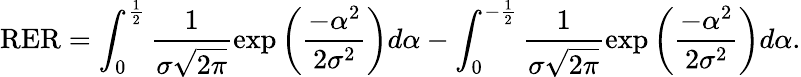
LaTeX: \textup{RER}=\int_{0}^{\frac{1}{2}}\frac{1}{\sigma\sqrt{2\pi}}\exp\left(\frac{-\alpha^{2}}{2\sigma^{2}}\right)d\alpha-\int_{0}^{-\frac{1}{2}}\frac{1}{\sigma\sqrt{2\pi}}\exp\left(\frac{-\alpha^{2}}{2\sigma^{2}}\right)d\alpha.